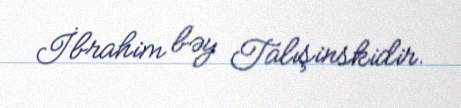
İbrahim bəy Talışinskidir.